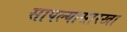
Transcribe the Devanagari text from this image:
सापल्यासारखा